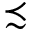
\precsim